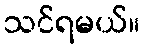
သင်ရမယ်။